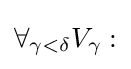
\forall _{\gamma <\delta }{V_{\gamma }:}